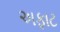
અફાટ